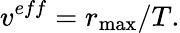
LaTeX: v^{eff}=r_{\operatorname*{max}}/T.